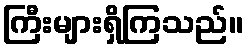
ကြီးများရှိကြသည်။